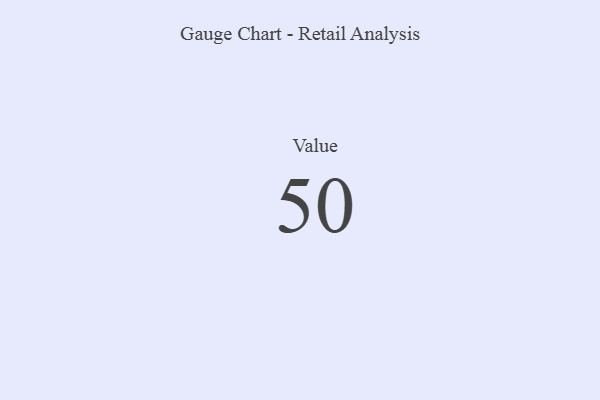
{"axis": {"x": "Metric", "y": "Value"}, "legend": [""], "data": [{"x": "Value", "y": 50, "type": ""}]}